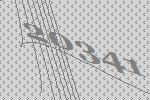
20341